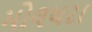
મોલધરા